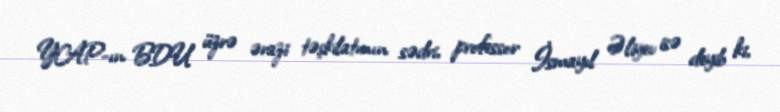
YAP-ın BDU üzrə ərazi təşkilatının sədri, professor İsmayıl Əliyev isə deyib ki,